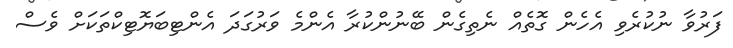
ފަރުވާ ނުކުރެވި އެހެން ގޮތެއް ނެތިގެން ބޭނުންކުރާ އެންމެ ވަރުގަދަ އެންޓިބަޔޮޓިކްތަކަށް ވެސް